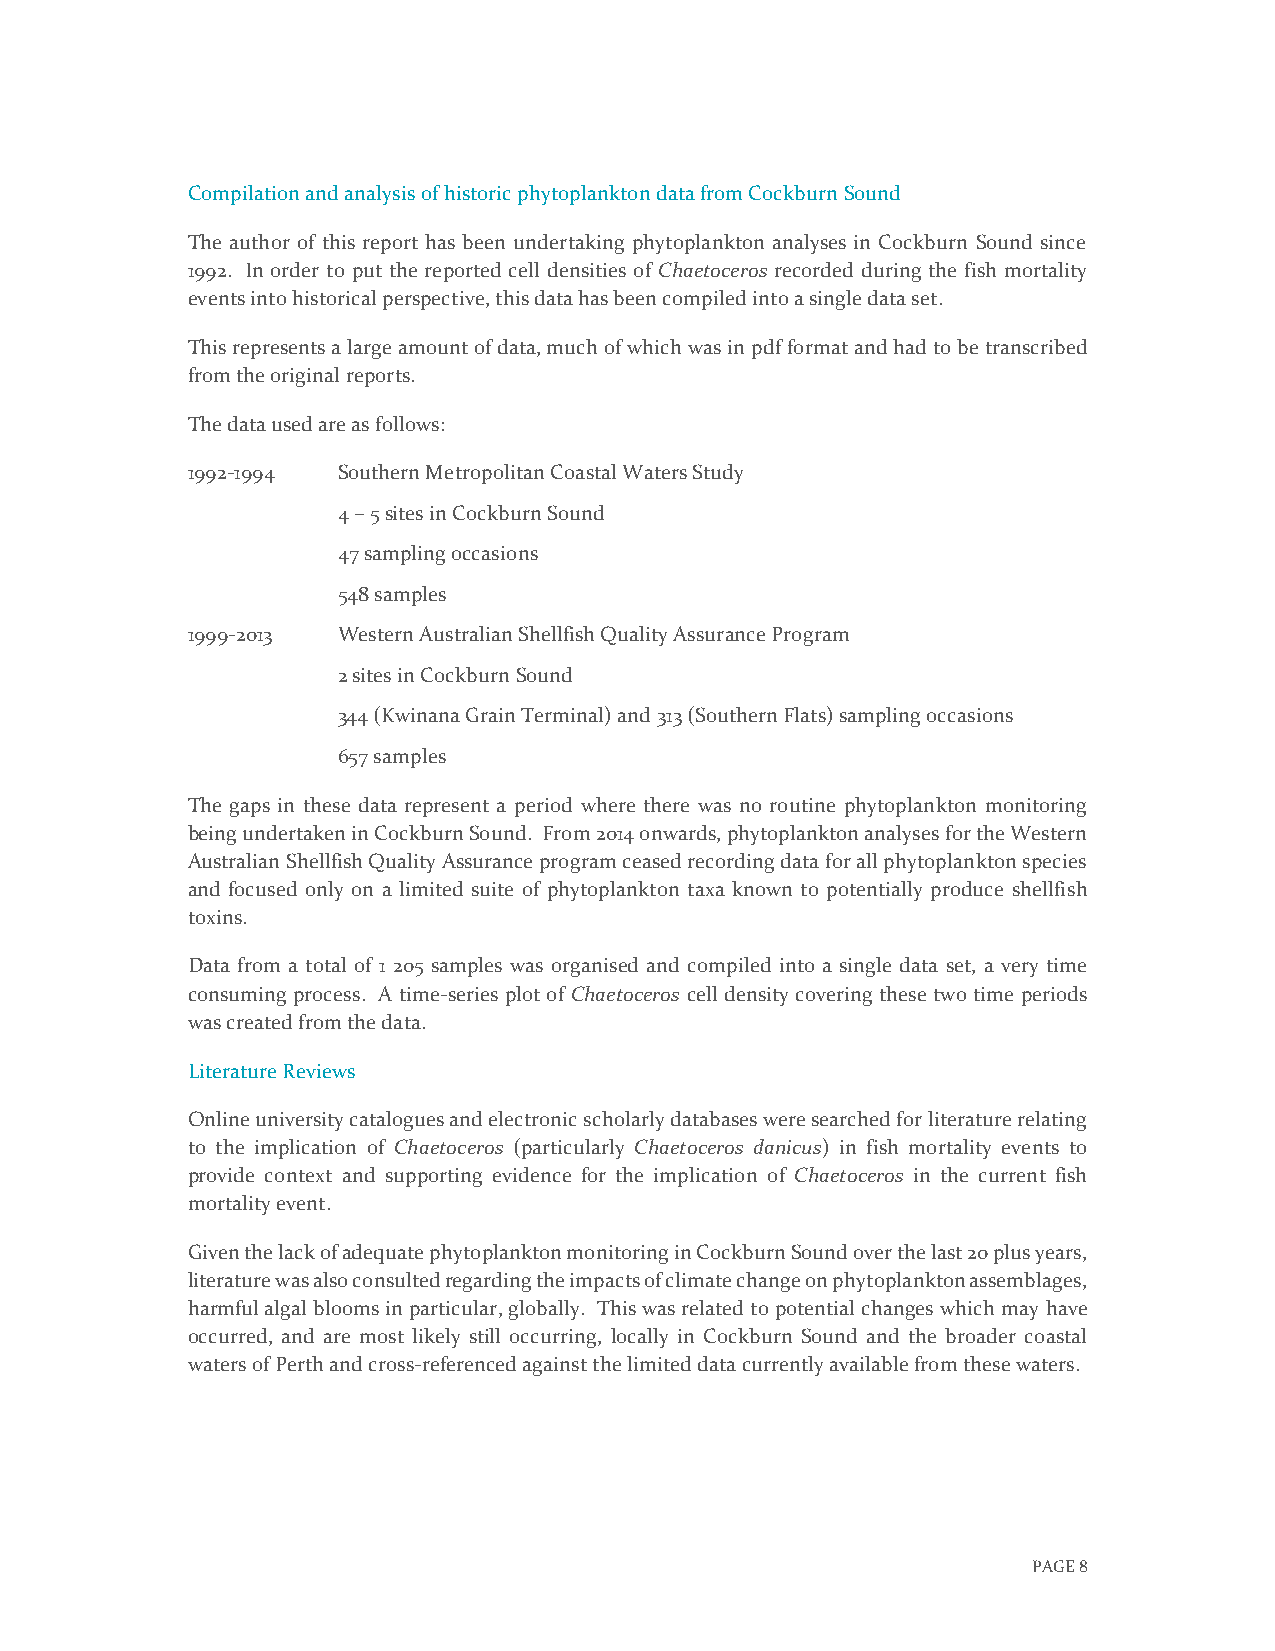
Compilation and analysis of historic phytoplankton data from Cockburn Sound
 The author of this report has been undertaking phytoplankton analyses in Cockburn Sound since
 1992. In order to put the reported cell densities of Chaetoceros recorded during the fish mortality
 events into historical perspective, this data has been compiled into a single data set.
 This represents a large amount of data, much of which was in pdf format and had to be transcribed
 from the original reports.
 The data used are as follows:
 1992-1994 Southern Metropolitan Coastal Waters Study
 4 – 5 sites in Cockburn Sound
 47 sampling occasions
 548 samples
 1999-2013 Western Australian Shellfish Quality Assurance Program
 2 sites in Cockburn Sound
 344 (Kwinana Grain Terminal) and 313 (Southern Flats) sampling occasions
 657 samples
 The gaps in these data represent a period where there was no routine phytoplankton monitoring
 being undertaken in Cockburn Sound. From 2014 onwards, phytoplankton analyses for the Western
 Australian Shellfish Quality Assurance program ceased recording data for all phytoplankton species
 and focused only on a limited suite of phytoplankton taxa known to potentially produce shellfish
 toxins.
 Data from a total of 1 205 samples was organised and compiled into a single data set, a very time
 consuming process. A time-series plot of Chaetoceros cell density covering these two time periods
 was created from the data.
 Literature Reviews
 Online university catalogues and electronic scholarly databases were searched for literature relating
 to the implication of Chaetoceros (particularly Chaetoceros danicus) in fish mortality events to
 provide context and supporting evidence for the implication of Chaetoceros in the current fish
 mortality event.
 Given the lack of adequate phytoplankton monitoring in Cockburn Sound over the last 20 plus years,
 literature was also consulted regarding the impacts of climate change on phytoplankton assemblages,
 harmful algal blooms in particular, globally. This was related to potential changes which may have
 occurred, and are most likely still occurring, locally in Cockburn Sound and the broader coastal
 waters of Perth and cross-referenced against the limited data currently available from these waters.
 PAGE 8